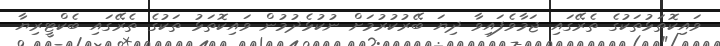
ވައިކޮތަޅުތަކުގެ ތެރޭގައި ޖަމާވެފައިވާ ދިޔަ ބޭރުކުރުމަށް ނުކުޅެދުމުން ވައިކޮތަޅު ތަކުގެ ތެރޭގައި ބެކްޓީރިޔާ